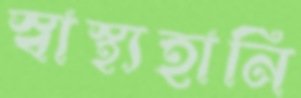
স্বাস্থ্যহানি